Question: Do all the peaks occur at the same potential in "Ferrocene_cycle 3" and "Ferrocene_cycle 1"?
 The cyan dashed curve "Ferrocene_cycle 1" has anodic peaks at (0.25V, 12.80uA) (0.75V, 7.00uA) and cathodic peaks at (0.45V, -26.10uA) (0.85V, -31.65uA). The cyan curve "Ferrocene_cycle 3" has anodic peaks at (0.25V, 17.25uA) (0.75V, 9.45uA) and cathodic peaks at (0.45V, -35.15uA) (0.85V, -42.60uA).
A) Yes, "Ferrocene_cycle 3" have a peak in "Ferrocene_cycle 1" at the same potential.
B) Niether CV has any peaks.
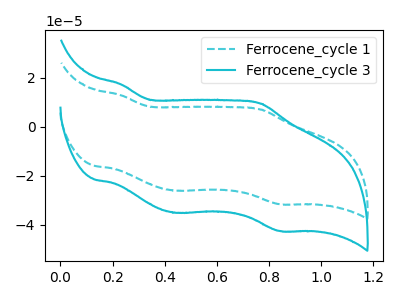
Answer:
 <answer>A) Yes, "Ferrocene_cycle 3" have a peak in "Ferrocene_cycle 1" at the same potential.</answer>
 <eval>A</eval>